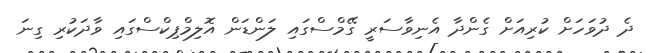
ދެ ދުވަހަށް ކުރިއަށް ގެންދާ އެނިވާސަރީ ގޭމްސްގައި ލަންޑަން އޮލިމްޕިކްސްގައި ވާދަކުރި ގިނަ